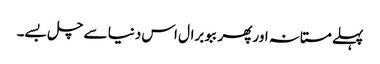
پہلے مستانہ اور پھر ببو برال اس دنیا سے چل بسے۔